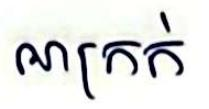
អាក្រក់